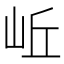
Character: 岴